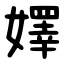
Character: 嬕